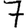
Digit: 7